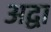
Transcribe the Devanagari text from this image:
अद्वा